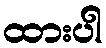
ထားပါ